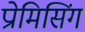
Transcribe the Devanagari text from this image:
प्रोमिसिंग